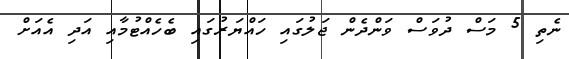
ނެތި 5 މަސް ދުވަސް ވަންދެން ޖަލުގައި ހައްޔަރުގައި ބެހެއްޓުމާއި އަދި އެއަށް